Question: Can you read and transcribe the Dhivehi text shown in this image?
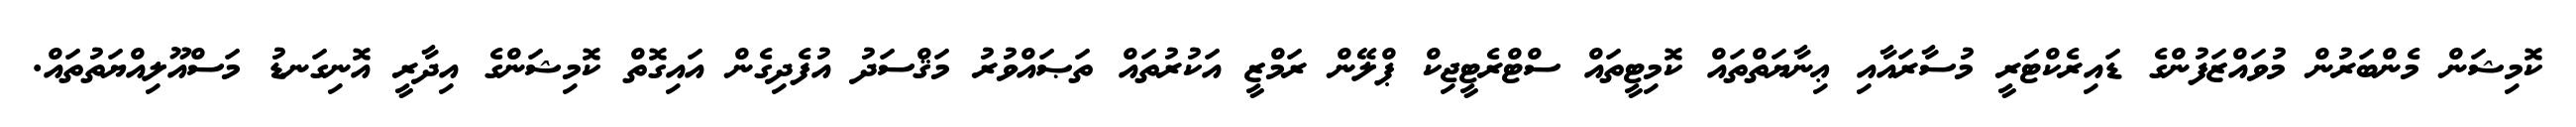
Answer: ކޮމިޝަން މެންބަރުން މުވައްޒަފުންގެ ޑައިރެކްޓަރީ މުސާރައާއި ޢިނާޔަތްތައް ކޮމިޓީތައް ސްޓްރެޓީޖިކް ޕްލޭން ރަމްޒީ އަކުރުތައް ތަޞައްވުރު މަޤްސަދު އުފެދިގެން އައިގޮތް ކޮމިޝަންގެ އިދާރީ އޮނިގަނޑު މަސްއޫލިއްޔަތުތައް.